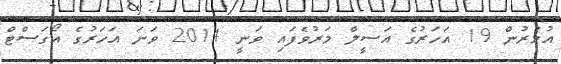
އުމުރުން 19 އަހަރުގެ އަސީލް މަރުވެފައި ވަނީ 2014 ވަނަ އަހަރުގެ އޯގަސްޓް